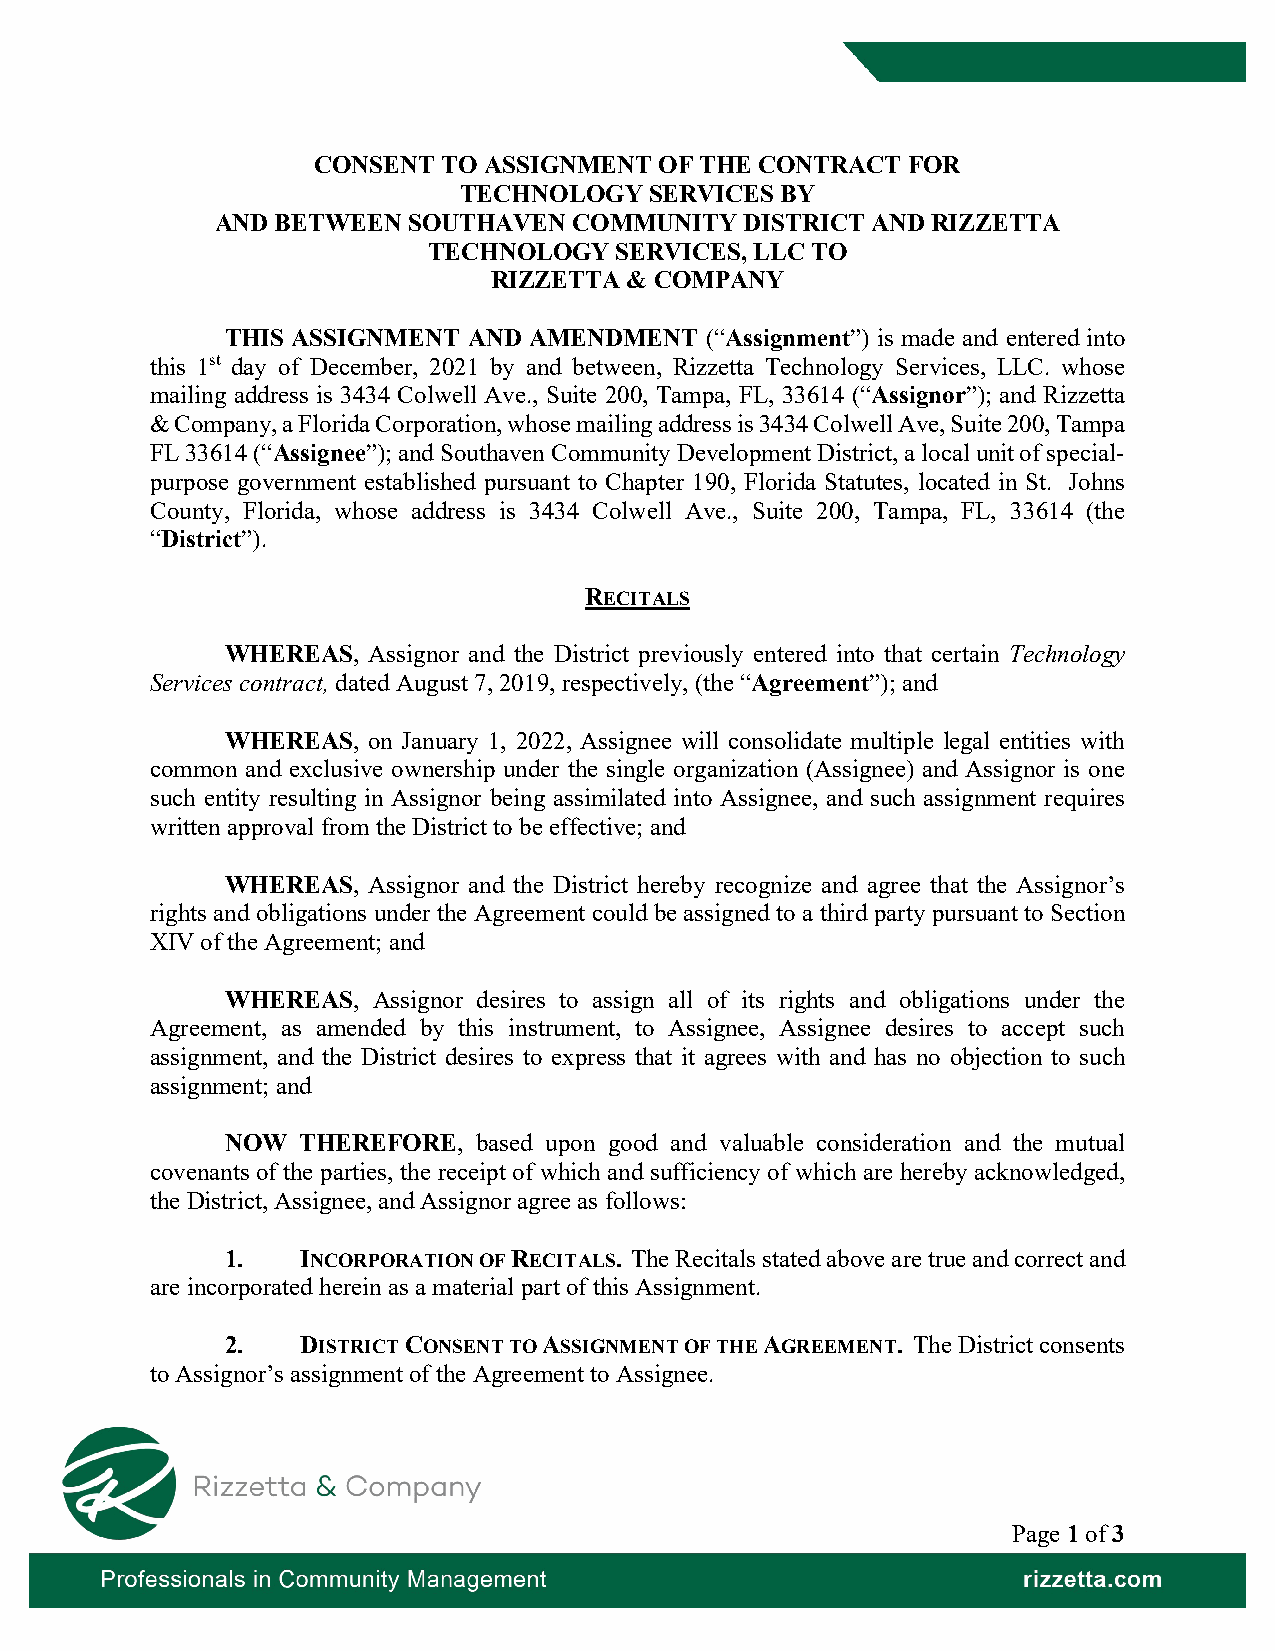
CONSENT TO ASSIGNMENT  OF THE CONTRACT FOR
 TECHNOLOGY   SERVICES BY
 AND BETWEEN  SOUTHAVEN  COMMUNITY  DISTRICT AND RIZZETTA
 TECHNOLOGY   SERVICES, LLC TO
 RIZZETTA & COMPANY
 THIS ASSIGNMENT AND AMENDMENT   (“Assignment”) is made and entered into
 this 1st day of December, 2021 by and between, Rizzetta Technology Services, LLC. whose
 mailing address is 3434 Colwell Ave., Suite 200, Tampa, FL, 33614 (“Assignor”); and Rizzetta
 & Company, a Florida Corporation, whose mailing address is 3434 Colwell Ave, Suite 200, Tampa
 FL 33614 (“Assignee”); and Southaven Community Development District, a local unit of special-
 purpose government established pursuant to Chapter 190, Florida Statutes, located in St. Johns
 County, Florida, whose address is 3434 Colwell Ave., Suite 200, Tampa, FL, 33614 (the
 “District”).
 RECITALS
 WHEREAS, Assignor and the District previously entered into that certain Technology
 Services contract, dated August 7, 2019, respectively, (the “Agreement”); and
 WHEREAS, on January 1, 2022, Assignee will consolidate multiple legal entities with
 common and exclusive ownership under the single organization (Assignee) and Assignor is one
 such entity resulting in Assignor being assimilated into Assignee, and such assignment requires
 written approval from the District to be effective; and
 WHEREAS, Assignor and the District hereby recognize and agree that the Assignor’s
 rights and obligations under the Agreement could be assigned to a third party pursuant to Section
 XIV of the Agreement; and
 WHEREAS,  Assignor desires to assign all of its rights and obligations under the
 Agreement, as amended by this instrument, to Assignee, Assignee desires to accept such
 assignment, and the District desires to express that it agrees with and has no objection to such
 assignment; and
 NOW  THEREFORE,  based upon good and valuable consideration and the mutual
 covenants of the parties, the receipt of which and sufficiency of which are hereby acknowledged,
 the District, Assignee, and Assignor agree as follows:
 1.   INCORPORATION OF RECITALS. The Recitals stated above are true and correct and
 are incorporated herein as a material part of this Assignment.
 2.   DISTRICT CONSENT TO ASSIGNMENT OF THE AGREEMENT. The District consents
 to Assignor’s assignment of the Agreement to Assignee.
 Page 1 of 3
 Professionals in Community Management                        rizzetta.com